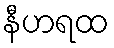
နီဟရထ